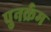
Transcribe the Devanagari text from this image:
पुनर्क्रम